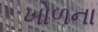
ખોળના